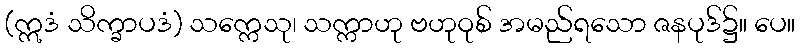
(ဣဒံ သိက္ခာပဒံ) သက္ကေသု၊ သက္ကာဟု ဗဟုဝုစ် အမည်ရသော ဇနပုဒ်၌။ ပေ။